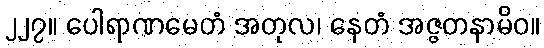
၂၂၇။ ပေါရာဏမေတံ အတုလ၊ နေတံ အဇ္ဇတနာမိဝ။